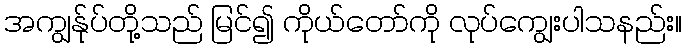
အကျွန်ုပ်တို့သည် မြင်၍ ကိုယ်တော်ကို လုပ်ကျွေးပါသနည်း။